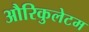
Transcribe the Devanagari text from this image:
औरिकुलेटम